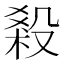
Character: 𣪩